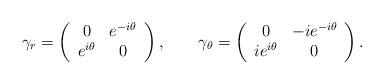
LaTeX: \begin{align*}\gamma _r=\left( \begin{array}{cc} 0 &e^{-i\theta } \\ e^{i\theta } & 0 \end{array} \right) ,\qquad \gamma_\theta =\left( \begin{array}{cc} 0 & -ie^{-i\theta } \\ ie^{i\theta } & 0\end{array} \right) .\end{align*}